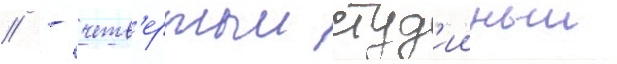
// - четв'ертыи студ'ииныи